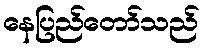
နေပြည်တော်သည်